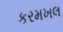
કરમખલ